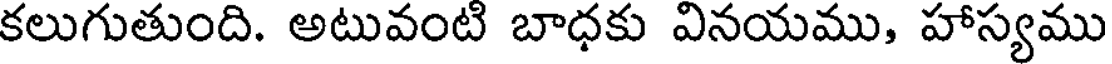
కలుగుతుంది. అటువంటి బాధకు వినయము, హాస్యము